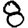
Digit: 8